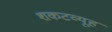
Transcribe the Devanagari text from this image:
शकटव्यूह